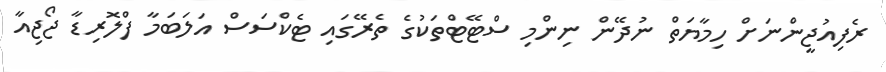
ރެފިއުޖީންނަށް ހިމާޔަތް ނުދޭން ނިންމި ސްޓޭޓްތަކުގެ ތެރޭގައި ޓެކްސަސް އަލަބަމާ ފްލޮރިޑާ ޖޯޖިއާ